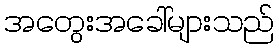
အတွေးအခေါ်များသည်